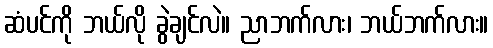
ဆံပင်ကို ဘယ်လို ခွဲချင်လဲ။ ညာဘက်လား၊ ဘယ်ဘက်လား။